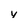
Character: v